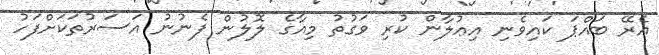
އެރޭ ބައްޕަ ކައިވެނި އިޢުލާން ކުރި ވަގުތު މިއާގެ ލޮލުން ފެނުނު އަސަރުތަކަށްފަހު